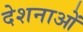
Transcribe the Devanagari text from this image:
देशनाओं